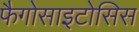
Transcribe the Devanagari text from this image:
फैगोसाइटोसिस